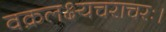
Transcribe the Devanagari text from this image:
वक्रलक्ष्यचराचरः।